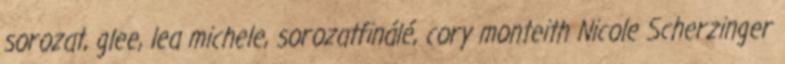
sorozat, glee, lea michele, sorozatfinálé, cory monteith Nicole Scherzinger